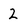
Character: 2